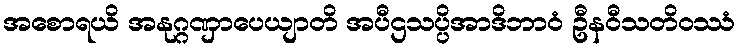
အစောရယိ အနုဂ္ဂဏှာပေယျာတိ အပီဌသပ္ပိအာဒိဘာဝံ ဦနဝီသတိဝဿံ